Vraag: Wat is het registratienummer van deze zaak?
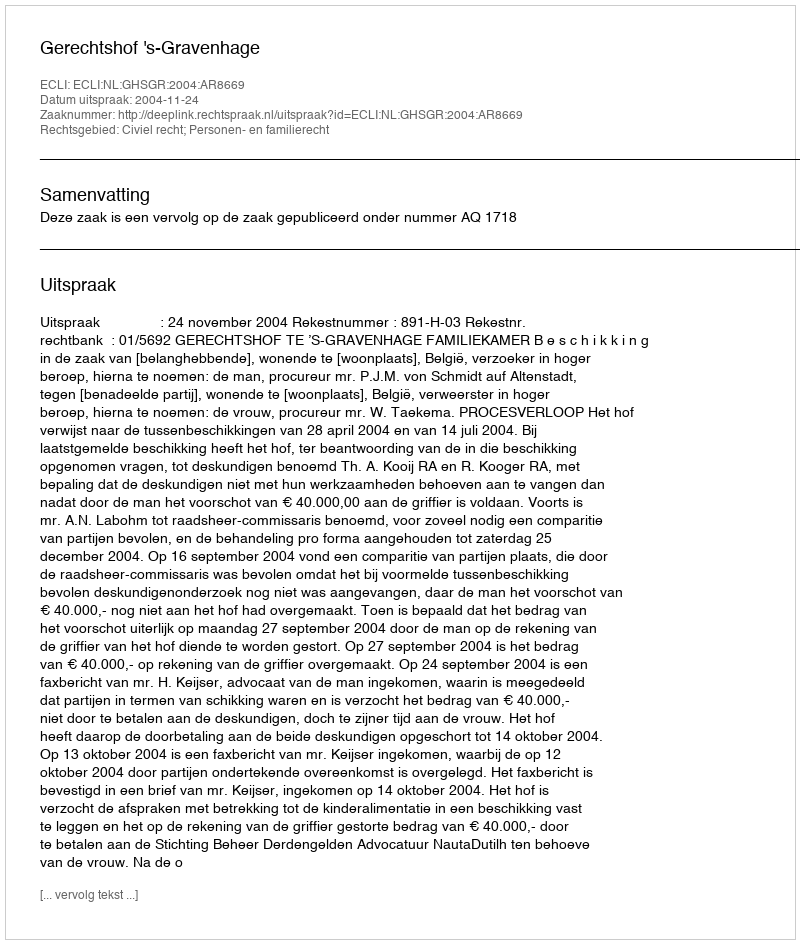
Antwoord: http://deeplink.rechtspraak.nl/uitspraak?id=ECLI:NL:GHSGR:2004:AR8669